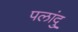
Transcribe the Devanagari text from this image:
पलांदु